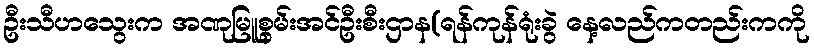
ဦးသီဟသွေးက အဏုမြူစွမ်းအင်ဦးစီးဌာန(ရန်ကုန်ရုံးခွဲ နေ့လည်ကတည်းကကို